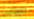
للمباحث